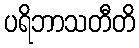
ပရိဘာသတီတိ